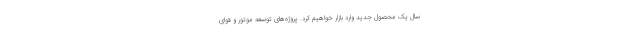
سال یک محصول جدید وارد بازار خواهیم کرد. پروژه‌های توسعه موتور و قوای